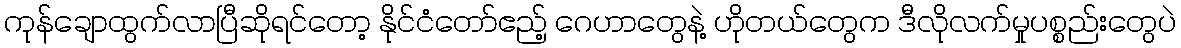
ကုန်ချောထွက်လာပြီဆိုရင်တော့ နိုင်ငံတော်ဧည့် ဂေဟာတွေနဲ့ ဟိုတယ်တွေက ဒီလိုလက်မှုပစ္စည်းတွေပဲ